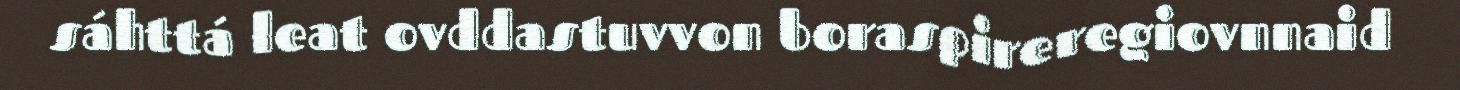
sáhttá leat ovddastuvvon boraspireregiovnnaid